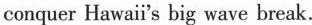
conquer Hawai's big wave break.